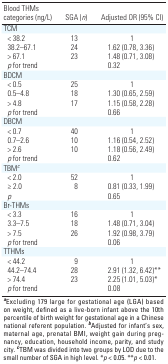
<table><thead><tr><td><b>Blood THMs categories (ng/L)</b></td><td><b>SGA (<i>n</i>)</b></td><td><b>Adjusted OR (95% CI)</b></td></tr></thead><tbody><tr><td><b>TCM</b></td></tr><tr><td><b>&lt; 38.2</b></td><td>13</td><td>1</td></tr><tr><td><b>38.2–67.1</b></td><td>24</td><td>1.62 (0.78, 3.36)</td></tr><tr><td><b>&gt; 67.1</b></td><td>23</td><td>1.48 (0.71, 3.08)</td></tr><tr><td><b><i>p</i> for trend</b></td><td></td><td>0.32</td></tr><tr><td><b>BDCM</b></td></tr><tr><td><b>&lt; 0.5</b></td><td>25</td><td>1</td></tr><tr><td><b>0.5–4.8</b></td><td>18</td><td>1.30 (0.65, 2.59)</td></tr><tr><td><b>&gt; 4.8</b></td><td>17</td><td>1.15 (0.58, 2.28)</td></tr><tr><td><b><i>p</i> for trend</b></td><td></td><td>0.66</td></tr><tr><td><b>DBCM</b></td></tr><tr><td><b>&lt; 0.7</b></td><td>40</td><td>1</td></tr><tr><td><b>0.7–2.6</b></td><td>10</td><td>1.16 (0.54, 2.52)</td></tr><tr><td><b>&gt; 2.6</b></td><td>10</td><td>1.18 (0.56, 2.49)</td></tr><tr><td><b><i>p</i> for trend</b></td><td></td><td>0.62</td></tr><tr><td><b>TBM<sup><i>c</i></sup></b></td></tr><tr><td><b>&lt; 2.0</b></td><td>52</td><td>1</td></tr><tr><td><b>≥ 2.0</b></td><td>8</td><td>0.81 (0.33, 1.99)</td></tr><tr><td><b><i>p</i></b></td><td></td><td>0.65</td></tr><tr><td><b>Br-THMs</b></td></tr><tr><td><b>&lt; 3.3</b></td><td>16</td><td>1</td></tr><tr><td><b>3.3–7.5</b></td><td>18</td><td>1.48 (0.71, 3.04)</td></tr><tr><td><b>&gt; 7.5</b></td><td>26</td><td>1.92 (0.98, 3.79)</td></tr><tr><td><b><i>p</i> for trend</b></td><td></td><td>0.06</td></tr><tr><td><b>TTHMs</b></td></tr><tr><td><b>&lt; 44.2</b></td><td>9</td><td>1</td></tr><tr><td><b>44.2–74.4</b></td><td>28</td><td>2.91 (1.32, 6.42)**</td></tr><tr><td><b>&gt; 74.4</b></td><td>23</td><td>2.25 (1.01, 5.03)*</td></tr><tr><td><b><i>p</i> for trend</b></td><td></td><td>0.08</td></tr><tr><td colspan="3"><sup><i><b>a</b></i></sup>Excluding 179 large for gestational age (LGA) based on weight, defined as a live-born infant above the 10th percentile of birth weight for gestational age in a Chinese national referent population. <sup><i><b>b</b></i></sup>Adjusted for infant’s sex, maternal age, prenatal BMI, weight gain during pregnancy, education, household income, parity, and study city. <sup><i><b>c</b></i></sup>TBM was divided into two groups by LOD due to the small number of SGA in high level. *<i>p </i>&lt; 0.05. **<i>p </i>&lt; 0.01.</td></tr></tbody></table>